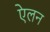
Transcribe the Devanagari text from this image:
एेलन